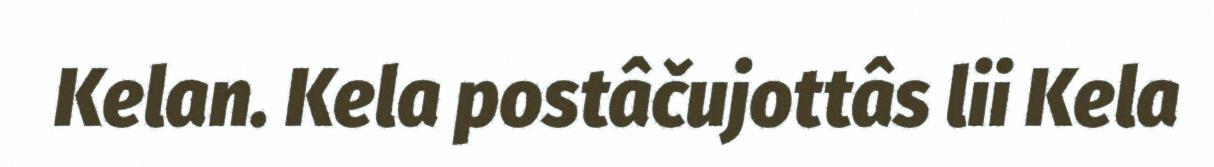
Kelan. Kela postâčujottâs lii Kela